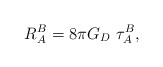
\begin{align*}R_{A}^{B} = 8 \pi G_{D} ~\tau_{A}^{B},\end{align*}